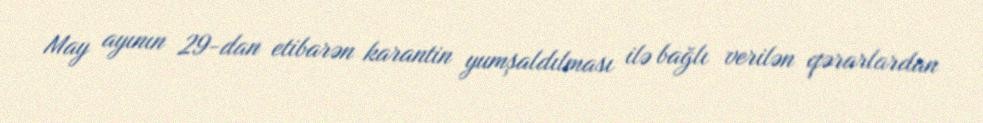
May ayının 29-dan etibarən karantin yumşaldılması ilə bağlı verilən qərarlardan